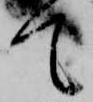
て